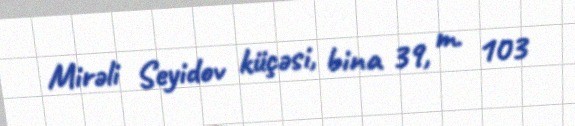
Mirəli Seyidov küçəsi, bina 39, m. 103